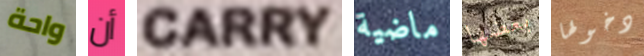
واحة أن CARRY ماضية بعضها دخولها